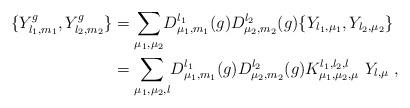
LaTeX: \begin{align*}\{Y_{l_{1},m_{1}}^{g},Y_{l_{2},m_{2}}^{g}\} & ={\displaystyle\sum\limits_{\mu_{1},\mu_{2}}}D_{\mu_{1},m_{1}}^{l_{1}}(g)D_{\mu_{2},m_{2}}^{l_{2}}(g)\{Y_{l_{1},\mu_{1}},Y_{l_{2},\mu_{2}}\}\\& ={\displaystyle\sum\limits_{\mu_{1},\mu_{2},l}}D_{\mu_{1},m_{1}}^{l_{1}}(g)D_{\mu_{2},m_{2}}^{l_{2}}(g)K_{\mu_{1},\mu_{2},\mu}^{l_{1},l_{2},l}\ Y_{l,\mu}\ , \end{align*}